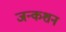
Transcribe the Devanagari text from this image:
जन्कशन